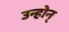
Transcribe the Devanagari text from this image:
उन्होन्